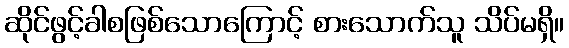
ဆိုင်ဖွင့်ခါစဖြစ်သောကြောင့် စားသောက်သူ သိပ်မရှိ။